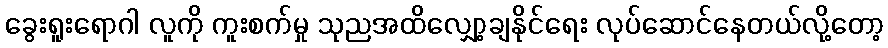
ခွေးရူးရောဂါ လူကို ကူးစက်မှု သုညအထိလျှော့ချနိုင်ရေး လုပ်ဆောင်နေတယ်လို့တော့